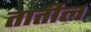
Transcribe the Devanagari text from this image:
तातील